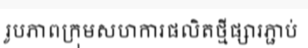
រូបភាពក្រុមសហការផលិតថ្មីផ្សារភ្ជាប់